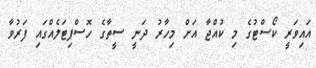
އައިވަރީ ކޯސްޓުގެ މި ކުއްޖާ އަށް މިހާރު ދަނީ ސީތާގެ ހޮސްޕިޓަލެއްގައި ފަރުވާ